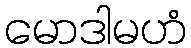
မောဒါမဟံ